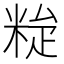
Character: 𥹼